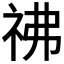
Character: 𥘬